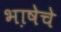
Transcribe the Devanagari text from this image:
भा़षेचे